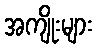
အကျိုးများ